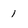
Character: 1